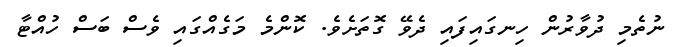
ނުތެމި ދުވާރުން ހިނގައިފައި ދެވޭ ގޮތަށެވެ. ކޮންމެ މަގެއްގައި ވެސް ބަސް ހުއްޓާ